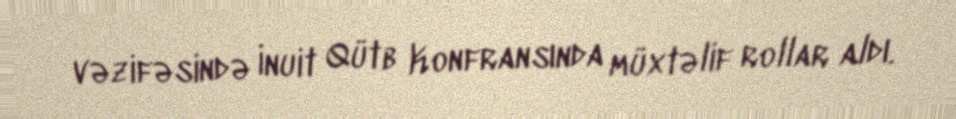
vəzifəsində İnuit Qütb Konfransında müxtəlif rollar aldı.